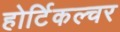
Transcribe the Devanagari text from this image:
होर्टिकल्चर